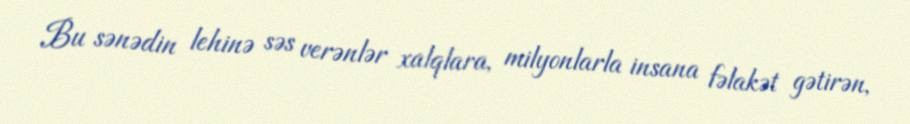
Bu sənədin lehinə səs verənlər xalqlara, milyonlarla insana fəlakət gətirən,